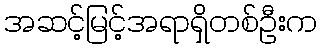
အဆင့်မြင့်အရာရှိတစ်ဦးက